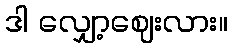
ဒါ လျှော့ဈေးလား။